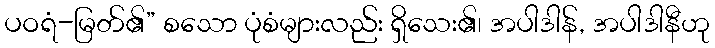
ပဝရံ-မြတ်၏” စသော ပုံစံများလည်း ရှိသေး၏၊ အပါဒါန်, အပါဒါနီဟု